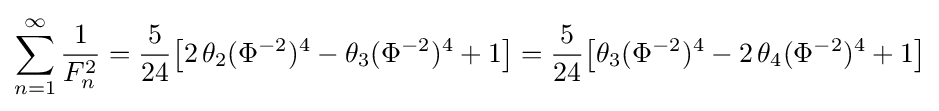
\sum _{n=1}^{\infty }{\frac {1}{F_{n}^{2}}}={\frac {5}{24}}{\bigl [}2\,\theta _{2}(\Phi ^{-2})^{4}-\theta _{3}(\Phi ^{-2})^{4}+1{\bigr ]}={\frac {5}{24}}{\bigl [}\theta _{3}(\Phi ^{-2})^{4}-2\,\theta _{4}(\Phi ^{-2})^{4}+1{\bigr ]}